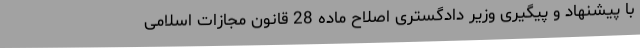
با پیشنهاد و پیگیری وزیر دادگستری اصلاح ماده 28 قانون مجازات اسلامی